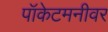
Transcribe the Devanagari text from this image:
पॉकेटमनीवर